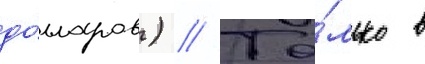
до́лларов) // То́лько в